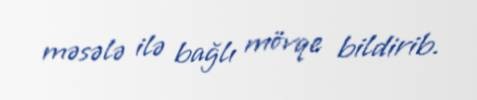
məsələ ilə bağlı mövqe bildirib.